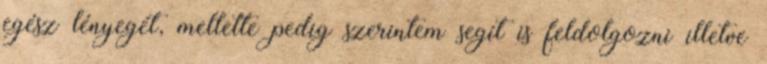
egész lényegét, mellette pedig szerintem segít is feldolgozni illetve